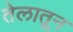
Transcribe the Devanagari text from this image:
तेलातून